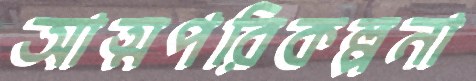
আত্মপরিকল্পনা